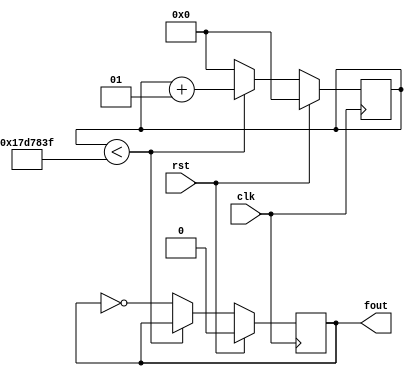
`timescale 1ns / 1ps
//////////////////////////////////////////////////////////////////////////////////
// Company: 
// Engineer: 
// 
// Design Name: 
// Module Name:    Freq 
// Project Name: 
// Target Devices: 
// Tool versions: 
// Description: 
//
// Dependencies: 
//
// Revision: 
// Revision 0.01 - File Created
// Additional Comments: 
//
//////////////////////////////////////////////////////////////////////////////////
module Freq(
    input rst,
    input clk,
    output reg fout
    );
    integer count;
	always@(posedge clk)
	begin
	    if(rst)
		 begin
		 count = 0;
		 fout = 0;
		 end
		 else if(count<24999999)
		 count = count+1;
		 else
		 begin
		 fout = ~fout;
		 count = 0;
		 end
	end
endmodule